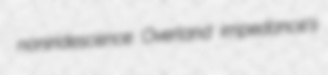
noniridescence Overland impedance's